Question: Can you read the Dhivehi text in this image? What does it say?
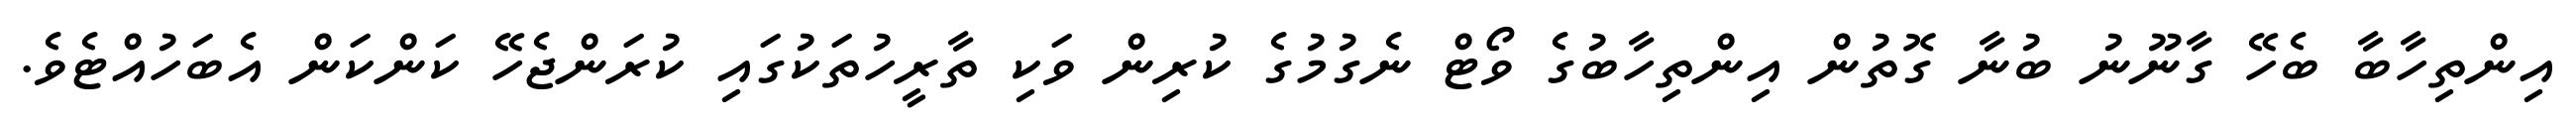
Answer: އިންތިހާބާ ބެހޭ ގާނޫނު ބުނާ ގޮތުން އިންތިހާބުގެ ވޯޓް ނެގުމުގެ ކުރިން ވަކި ތާރީހުތަކުގައި ކުރަންޖެހޭ ކަންކަން އެބަހުއްޓެވެ.